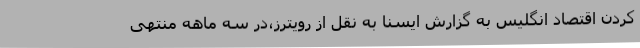
کردن اقتصاد انگلیس به گزارش ایسنا به نقل از رویترز،در سه ماهه منتهی